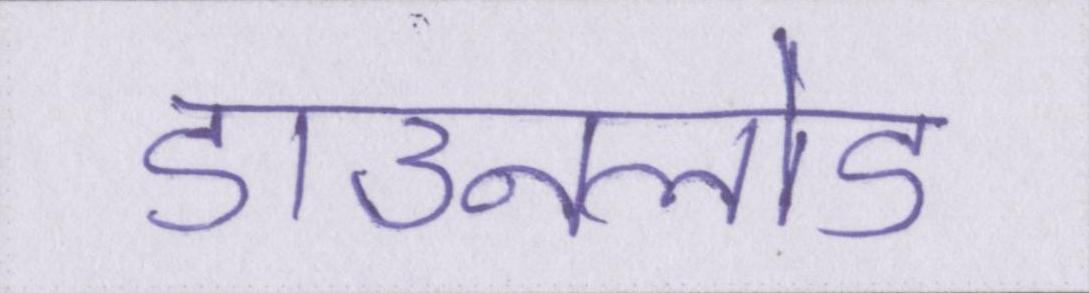
डाउनलोड